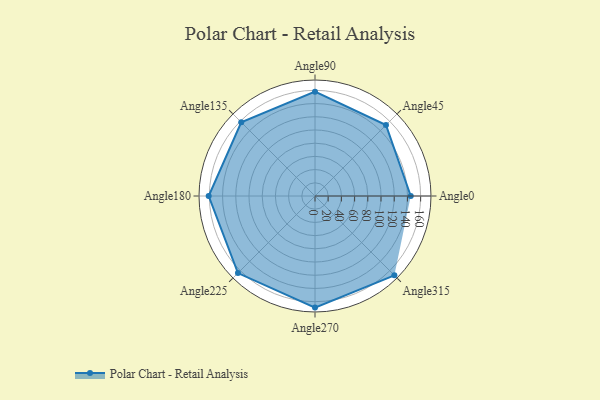
{"axis": {"x": "Angle", "y": "Radius"}, "legend": [""], "data": [{"x": "Angle0", "y": 145.0, "type": ""}, {"x": "Angle45", "y": 152.0, "type": ""}, {"x": "Angle90", "y": 158.0, "type": ""}, {"x": "Angle135", "y": 158.0, "type": ""}, {"x": "Angle180", "y": 161.0, "type": ""}, {"x": "Angle225", "y": 165.0, "type": ""}, {"x": "Angle270", "y": 169.0, "type": ""}, {"x": "Angle315", "y": 170, "type": ""}]}